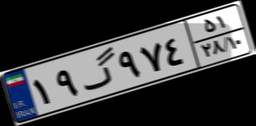
۱۹گ۹۷۴۵۱